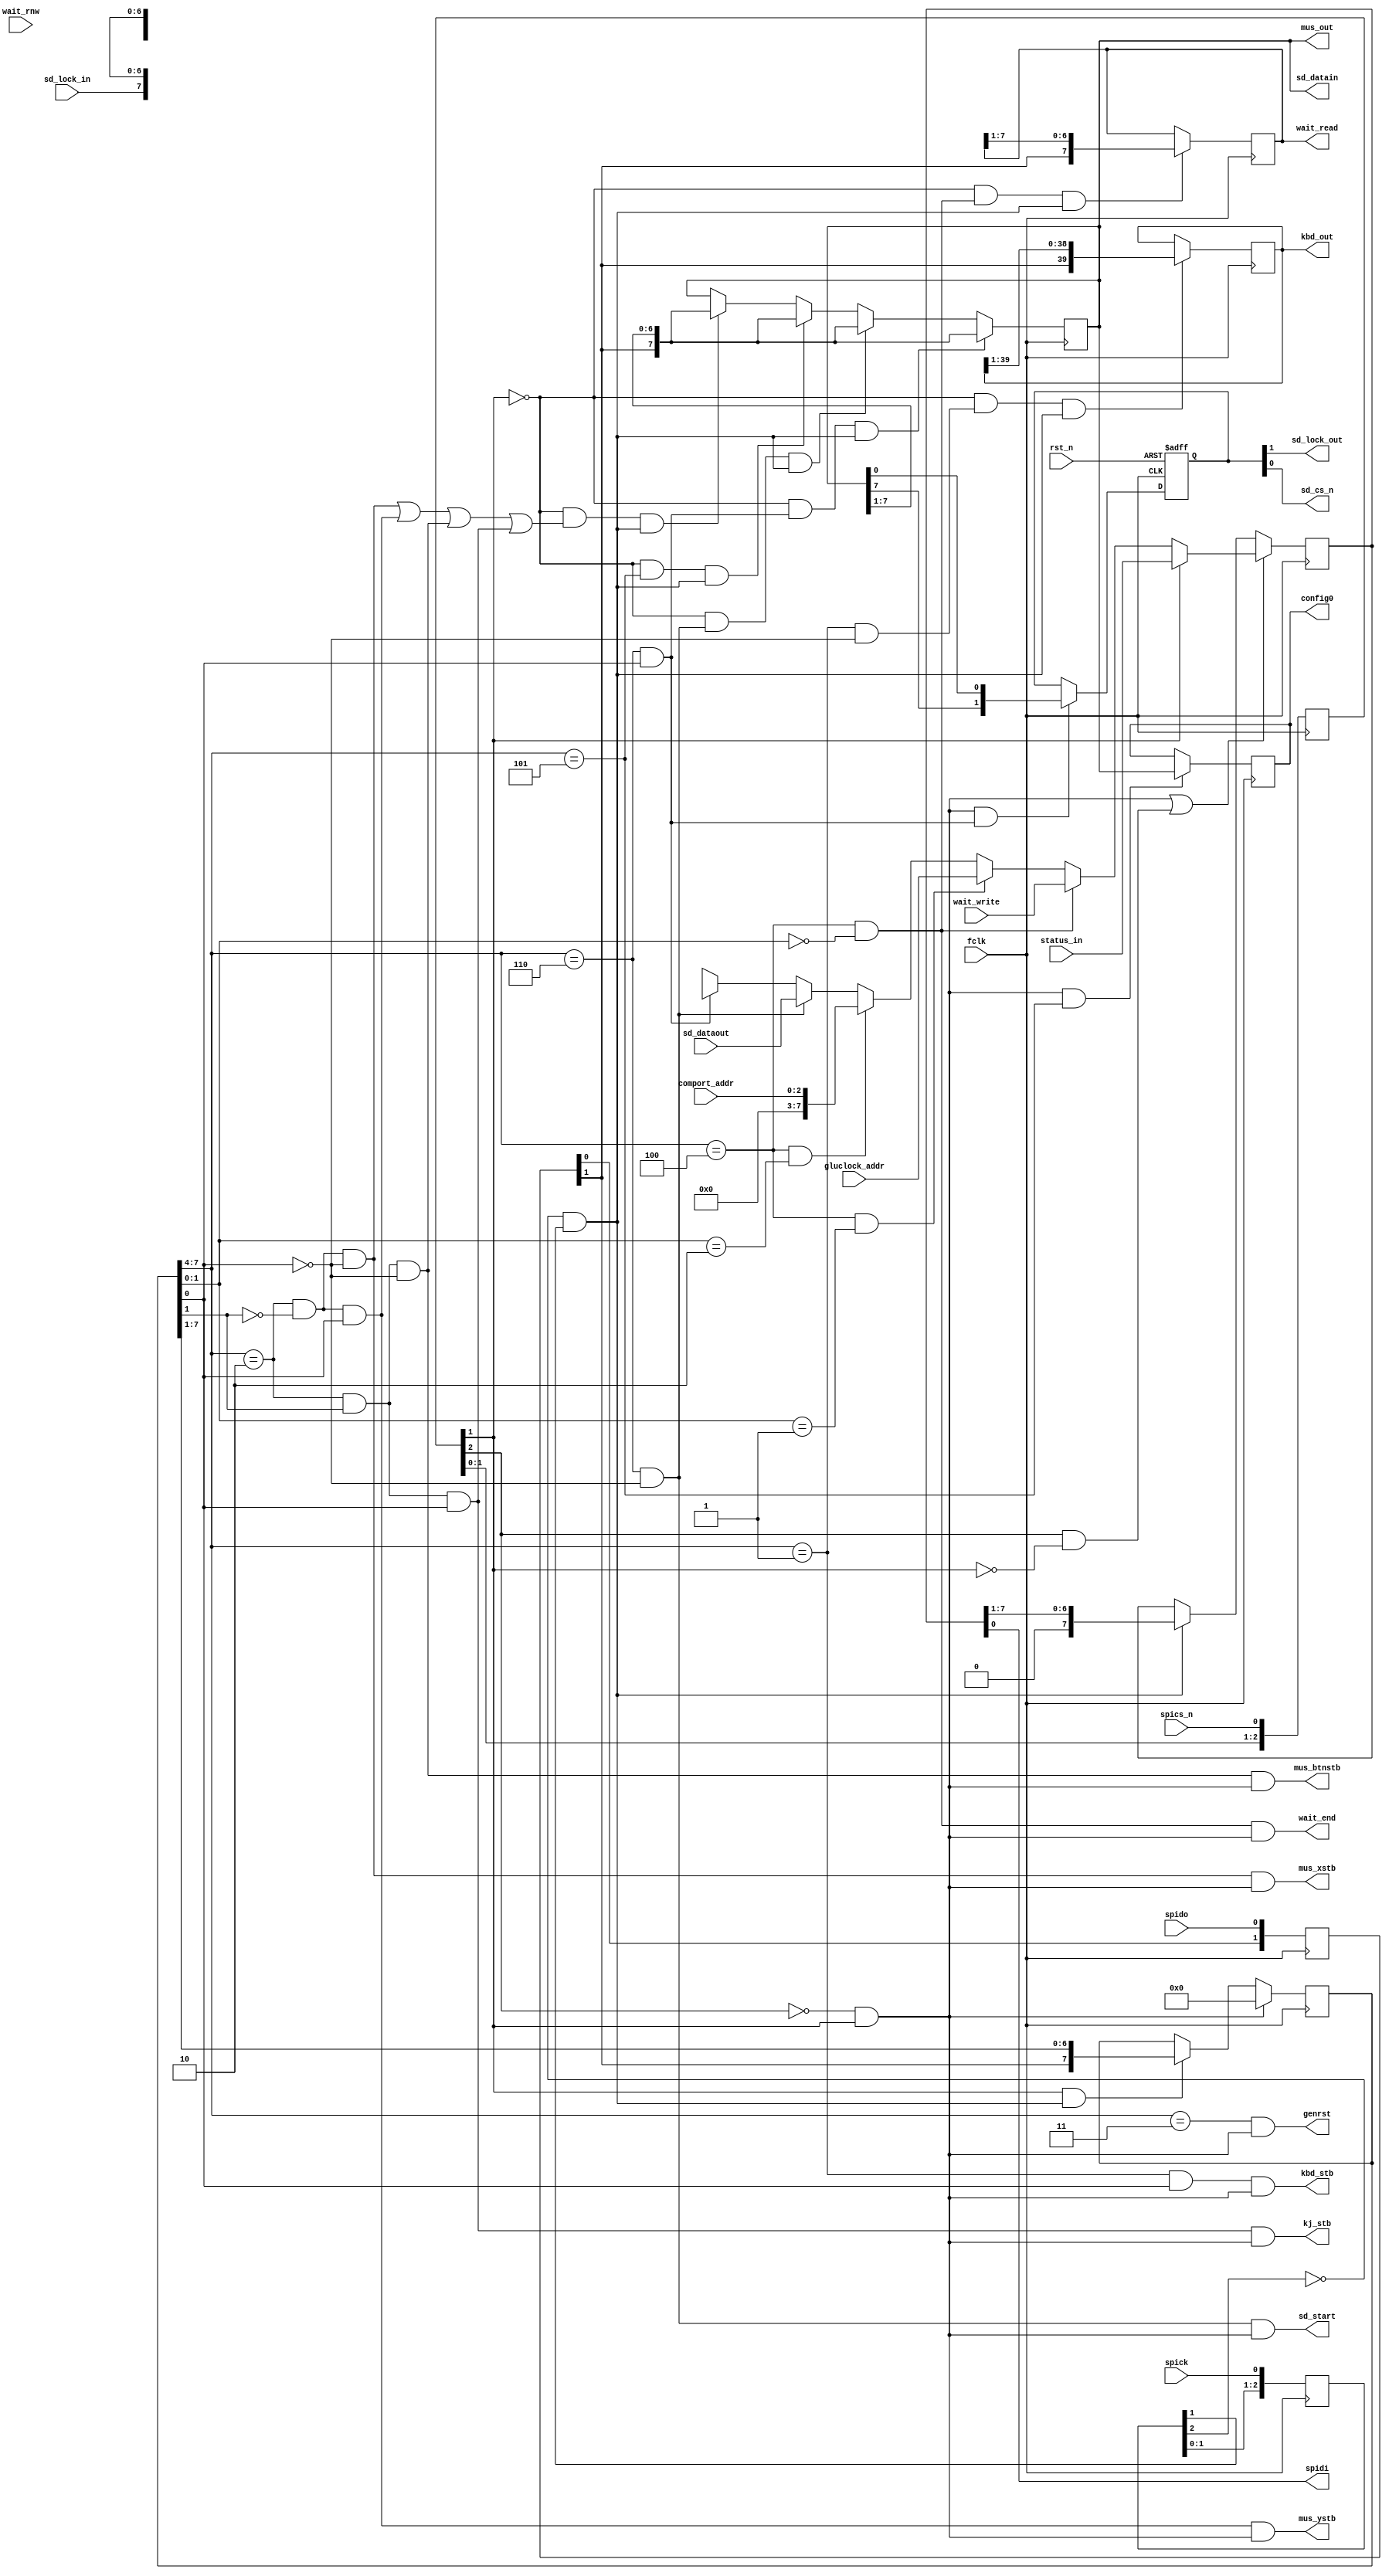
module slavespi(

	input  wire fclk,
	input  wire rst_n,

	input  wire spics_n, // avr SPI iface
	output wire spidi,   //
	input  wire spido,   //
	input  wire spick,   //

	input  wire [ 7:0] status_in, // status bits to be shown to avr


	output wire [39:0] kbd_out,
	output wire        kbd_stb,

	output wire [ 7:0] mus_out,
	output wire        mus_xstb,
	output wire        mus_ystb,
	output wire        mus_btnstb,
	output wire        kj_stb,


	input  wire [ 7:0] gluclock_addr,
	input  wire [ 2:0] comport_addr,

	input  wire [ 7:0] wait_write,
	output wire [ 7:0] wait_read,
	input  wire        wait_rnw,

	output wire        wait_end,

	output wire [ 7:0] config0, // config bits for overall system

	output wire        genrst, // positive pulse, causes Z80 reset

	output wire        sd_lock_out, // SDcard control iface
	input  wire        sd_lock_in,  //
	output wire        sd_cs_n,     //
	output wire        sd_start,    //
	output wire [ 7:0] sd_datain,   //
	input  wire [ 7:0] sd_dataout   //
);

`ifdef SIMULATE
	initial
	begin
		force wait_read = 8'h00;
	end
`endif


	// re-synchronize SPI
	//
	reg [2:0] spics_n_sync;
	reg [1:0] spido_sync;
	reg [2:0] spick_sync;
	//
	always @(posedge fclk)
	begin
		spics_n_sync[2:0] <= { spics_n_sync[1:0], spics_n };
		spido_sync  [1:0] <= { spido_sync    [0], spido   };
		spick_sync  [2:0] <= { spick_sync  [1:0], spick   };
	end
	//
	wire scs_n = spics_n_sync[1]; // scs_n - synchronized CS_N
	wire sdo   = spido_sync[1];
	wire sck   = spick_sync[1];
	//
	wire scs_n_01 = (~spics_n_sync[2]) &   spics_n_sync[1] ;
	wire scs_n_10 =   spics_n_sync[2]  & (~spics_n_sync[1]);
	//
	wire sck_01 = (~spick_sync[2]) &   spick_sync[1] ;
	wire sck_10 =   spick_sync[2]  & (~spick_sync[1]);


	reg [7:0] regnum; // register number holder

	reg [7:0] shift_out;

	reg [7:0] data_in;



	// register selectors
	wire sel_kbdreg, sel_kbdstb, sel_musxcr, sel_musycr, sel_musbtn, sel_kj,
	     sel_rstreg, sel_waitreg, sel_gluadr, sel_comadr, sel_cfg0,
	     sel_sddata, sel_sdctrl;

	// keyboard register
	reg [39:0] kbd_reg;


	// common single-byte shift-in register
	reg [7:0] common_reg;


	// wait data out register
	reg [7:0] wait_reg;

	//
	reg [7:0] cfg0_reg_out; // one for shifting, second for storing values


	// SDcard access registers
	reg [7:0] sddata; // output to SDcard
	reg [1:0] sdctrl; // SDcard control (CS_n and lock)


`ifdef SIMULATE
	initial
	begin
		cfg0_reg_out[7:0] = 8'd0;
	end
`endif


	// register number
	//
	always @(posedge fclk)
	begin
		if( scs_n_01 )
		begin
			regnum <= 8'd0;
		end
		else if( scs_n && sck_01 )
		begin
			regnum[7:0] <= { sdo, regnum[7:1] };
		end
	end


	// send data to avr
	//
	always @*
	case(1'b1)
		sel_waitreg: data_in = wait_write;
		sel_gluadr:  data_in = gluclock_addr;
		sel_comadr:  data_in = comport_addr;
		sel_sddata:  data_in = sd_dataout;
		sel_sdctrl:  data_in = { sd_lock_in, 7'bXXX_XXXX };
		default:     data_in = 8'bXXXX_XXXX;
	endcase
	//
	always @(posedge fclk)
	begin
		if( scs_n_01 || scs_n_10 ) // both edges
		begin
			shift_out <= scs_n ? status_in : data_in;
		end
		else if( sck_01 )
		begin
			shift_out[7:0] <= { 1'b0, shift_out[7:1] };
		end
	end
	//
	assign spidi = shift_out[0];


	// reg number decoding
	//
	assign sel_kbdreg = ( (regnum[7:4]==4'h1) && !regnum[0] ); // $10
	assign sel_kbdstb = ( (regnum[7:4]==4'h1) &&  regnum[0] ); // $11
	//
	assign sel_musxcr = ( (regnum[7:4]==4'h2) && !regnum[1] && !regnum[0] ); // $20
	assign sel_musycr = ( (regnum[7:4]==4'h2) && !regnum[1] &&  regnum[0] ); // $21
	assign sel_musbtn = ( (regnum[7:4]==4'h2) &&  regnum[1] && !regnum[0] ); // $22
	assign sel_kj     = ( (regnum[7:4]==4'h2) &&  regnum[1] &&  regnum[0] ); // $23
	//
	assign sel_rstreg = ( (regnum[7:4]==4'h3) ) ; // $30
	//
	assign sel_waitreg = ( (regnum[7:4]==4'h4) && (regnum[1:0]==2'b00) ); // $40
	assign sel_gluadr  = ( (regnum[7:4]==4'h4) && (regnum[1:0]==2'b01) ); // $41
	assign sel_comadr  = ( (regnum[7:4]==4'h4) && (regnum[1:0]==2'b10) ); // $42
	//
	assign sel_cfg0 = (regnum[7:4]==4'h5); // $50
	//
	assign sel_sddata = ( (regnum[7:4]==4'h6) && !regnum[0] ); // $60
	assign sel_sdctrl = ( (regnum[7:4]==4'h6) &&  regnum[0] ); // $61


	// registers data-in
	//
	always @(posedge fclk)
	begin
		// kbd data shift-in
		if( !scs_n && sel_kbdreg && sck_01 )
			kbd_reg[39:0] <= { sdo, kbd_reg[39:1] };

		// mouse data shift-in
		if( !scs_n && (sel_musxcr || sel_musycr || sel_musbtn || sel_kj) && sck_01 )
			common_reg[7:0] <= { sdo, common_reg[7:1] };

		// wait read data shift-in
		if( !scs_n && sel_waitreg && sck_01 )
			wait_reg[7:0] <= { sdo, wait_reg[7:1] };

		// config shift-in
		if( !scs_n && sel_cfg0 && sck_01 )
			common_reg[7:0] <= { sdo, common_reg[7:1] };

		// config output
		if( scs_n_01 && sel_cfg0 )
			cfg0_reg_out <= common_reg;

		// SD data shift-in
		if( !scs_n && sel_sddata && sck_01 )
			common_reg[7:0] <= { sdo, common_reg[7:1] };

		// SD control shift-in
		if( !scs_n && sel_sdctrl && sck_01 )
			common_reg[7:0] <= { sdo, common_reg[7:1] };
	end
	//
	// SD control output
	always @(posedge fclk, negedge rst_n)
	if( !rst_n )
		sdctrl <= 2'b01;
	else // posedge clk
	begin
		if( scs_n_01 && sel_sdctrl )
			sdctrl <= { common_reg[7], common_reg[0] };
	end


	// output data
	assign kbd_out = kbd_reg;
	assign kbd_stb = sel_kbdstb && scs_n_01;

	assign mus_out    = common_reg;
	assign mus_xstb   = sel_musxcr && scs_n_01;
	assign mus_ystb   = sel_musycr && scs_n_01;
	assign mus_btnstb = sel_musbtn && scs_n_01;
	assign kj_stb     = sel_kj     && scs_n_01;

	assign genrst = sel_rstreg && scs_n_01;

	assign wait_read = wait_reg;
	assign wait_end = sel_waitreg && scs_n_01;

	assign config0 = cfg0_reg_out;



	// SD control output
	assign sd_lock_out = sdctrl[1];
	assign sd_cs_n     = sdctrl[0];

	// SD data output
	assign sd_datain = common_reg;
	// SD start strobe
	assign sd_start = sel_sddata && scs_n_01;


endmodule